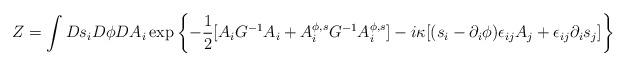
LaTeX: \begin{align*}Z=\int Ds_i D\phi DA_i\exp\left\{-\frac{1}{2}[ A_iG^{-1}A_i+ A_i^{\phi,s}G^{-1}A_i^{\phi,s}]- i\kappa [(s_i-\partial_i\phi)\epsilon_{ij}A_j+\epsilon_{ij}\partial_i s_j]\right\}\end{align*}